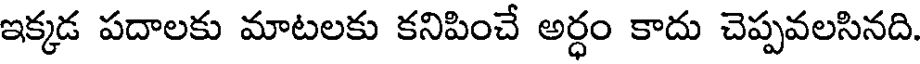
ఇక్కడ పదాలకు మాటలకు కనిపించే అర్ధం కాదు చెప్పవలసినది.